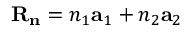
\mathbf { R } _ { \mathbf { n } } = n _ { 1 } \mathbf { a } _ { 1 } + n _ { 2 } \mathbf { a } _ { 2 }